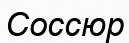
Соссюр